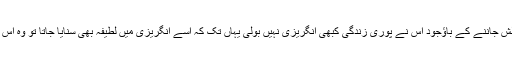
چین کے رہنما ماؤزے تنگ کو یہ اعزاز*حاصل ہے کہ وہ انگلش جاننے کے باؤجود اس نے پوری زندگی کبھی انگریزی نہیں بولی یہاں تک کہ اسے انگریزی میں لطیفہ بھی سنایا جاتا تو وہ اس وقت تک ہنستا نہیں تھا جب تک کہ اس کا ترجمہ نہیں کیا جاتا۔